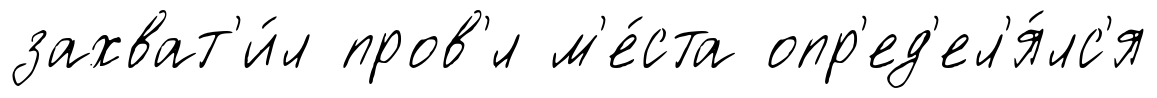
захват'и́л пров'́л м'е́ста опр'ед'ел'я́лс'я